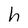
Character: h